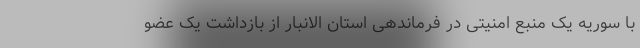
با سوریه یک منبع امنیتی در فرماندهی استان الانبار از بازداشت یک عضو